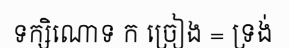
ទក្សិណោទ ក ច្រៀង = ទ្រង់